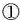
①